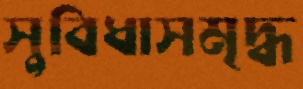
সুবিধাসমৃদ্ধ